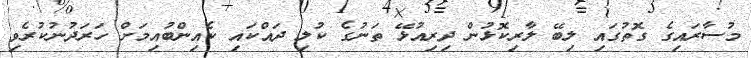
މުސާރައިގެ ގޮތުގައި ލިބޭ ލާރިކޮޅުން ދިރިއުޅޭ ތަނުގެ ކުލި ދައްކައި ކެއިންބުއިމަށް ހަރަދުނުކުރެވި